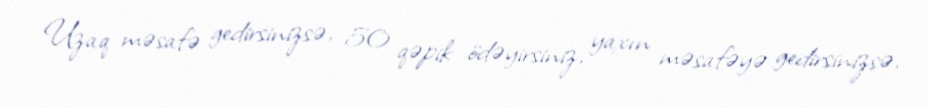
Uzaq məsafə gedirsinizsə, 50 qəpik ödəyirsiniz, yaxın məsafəyə gedirsinizsə,